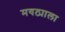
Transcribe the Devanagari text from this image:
मयठ्याला